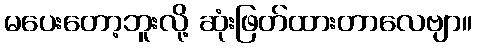
မပေးတော့ဘူးလို့ ဆုံးဖြတ်ထားတာလေဗျာ။